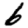
Digit: 6